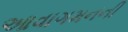
આવાગમનની